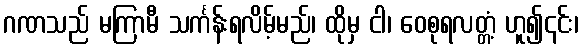
ဂဏသည် မကြာမီ သင်္ကန်းရလိမ့်မည်၊ ထိုမှ ငါ၊ ဝေစုရလတ္တံ့ ဟူ၍၎င်း၊